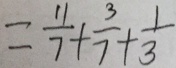
= \frac { 1 1 } { 7 } + \frac { 3 } { 7 } + \frac { 1 } { 3 }